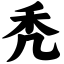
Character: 秃